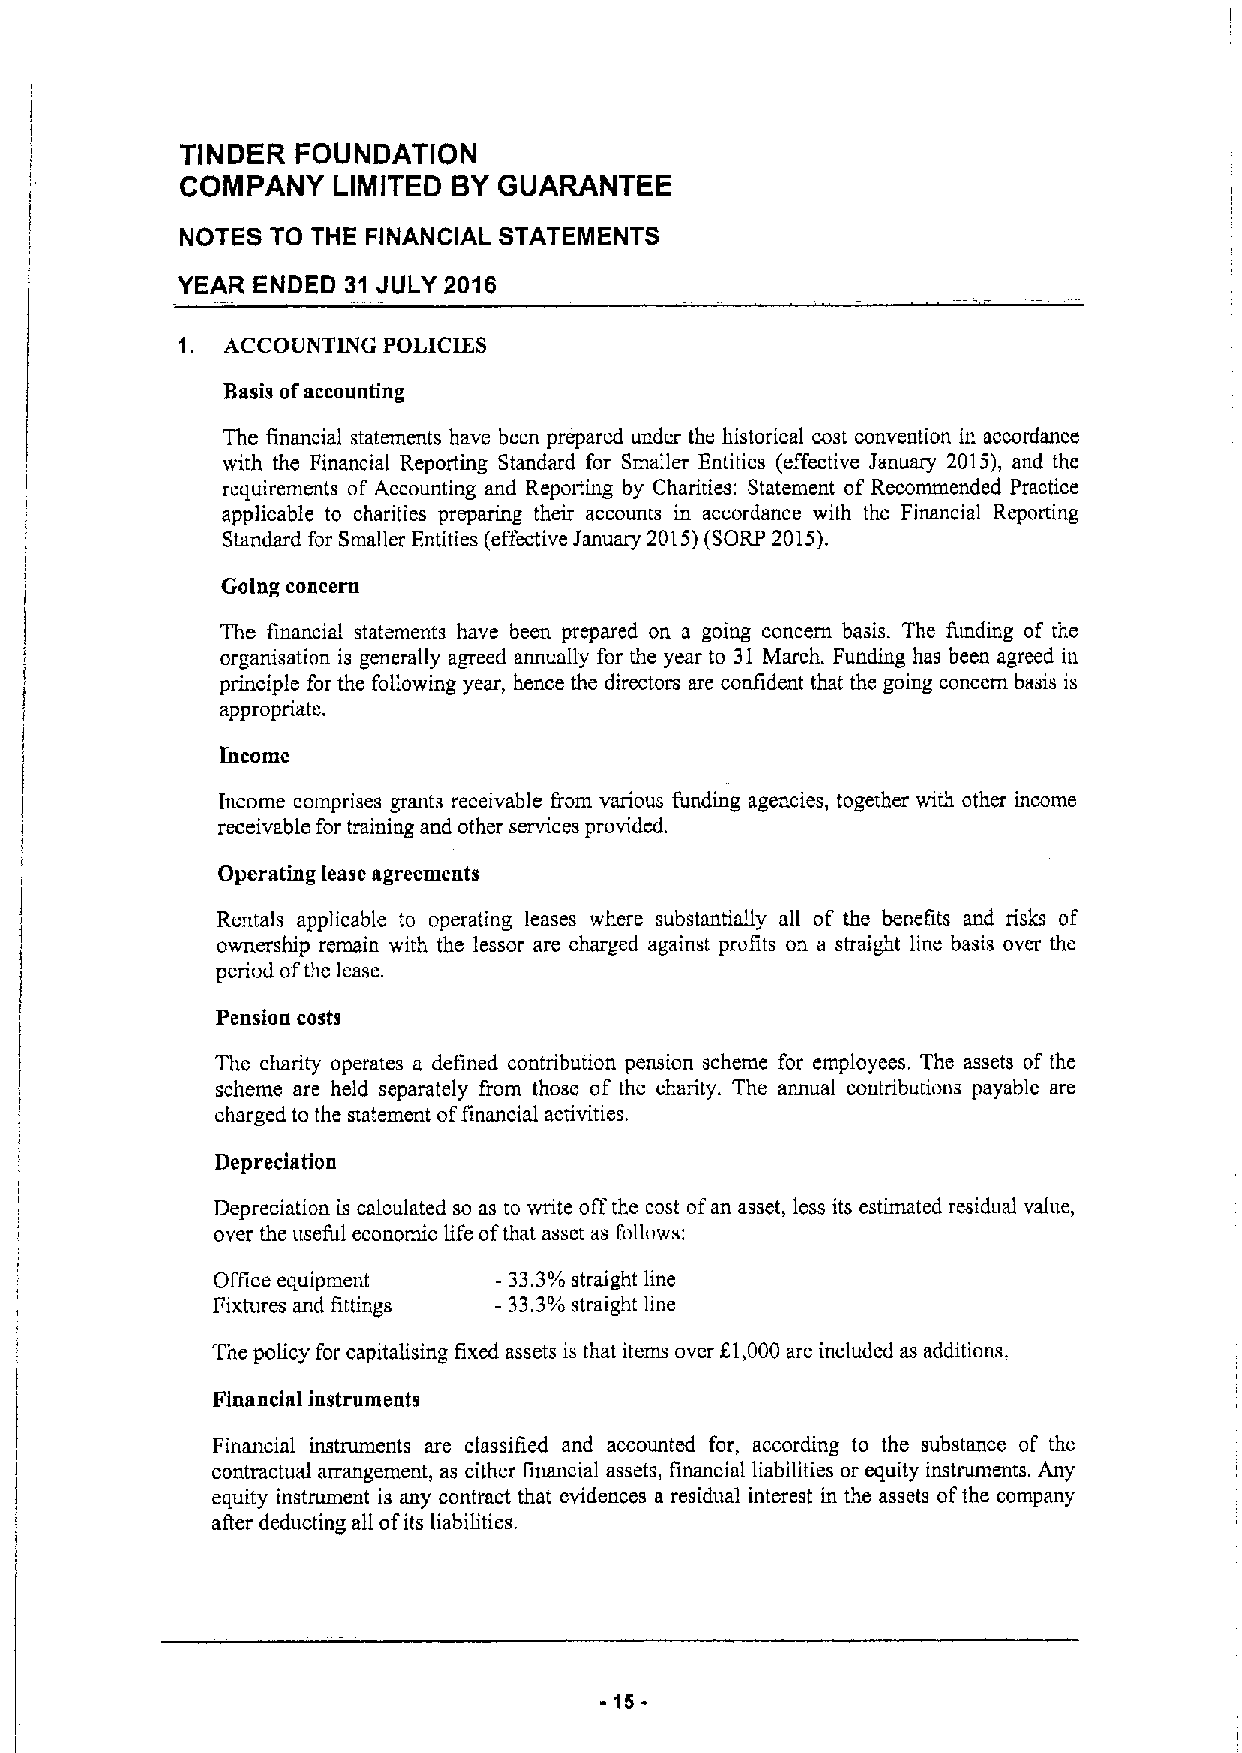
TINDER  FOUNDATION
 COMPANY   LIMITED BYGUARANTEE
 NOTES TO THE FINANCIAL STATEMENTS
 YEAR ENDED 31 JULY 2016
 1. ACCOIJNTING POLICIES
 Basis ofaccounting
 The financial statements have been prepared under the historical cost convention in accordance
 with the Financial Reporting Standard for Smaller Entities (effective January 2015), and the
 requirements of Accounting and Reporting by Charities: Statement of Recommended Practice
 applicable to charities preparing their accounts in accordance with the Financial Reporting
 Standard for Smaller Entities (effective January 2015)(SORP 2015).
 Going concern
 The financial statements have been prepared on a going concern basis. The funding of the
 organisation is generally agreed annually for the year to 31 March. Funding has been agreed in
 principle for the following year, hence the directors are confident that the going concern basis is
 appropriate.
 Income
 Income comprises grants receivable f'rom various funding agencies, together with other income
 receivable for training and other services provided.
 Operating lease agreements
 Rentals applicable to operating leases where substantially all of the benefits and risks of
 ownership remain with the lessor are charged against profits on a straight line basis over the
 period ofthe lease.
 Pension costs
 The charity operates a defined contribution pension scheme for employees. The assets of the
 scheme are held separately from those of the charity. The annual contributions payablc are
 charged to the statement offinancial activities.
 Depreciation
 Depreciation is calculated so as to write offthe cost ofan asset, less its estimated residual value,
 over the useful economic life ofthat asset as follows:
 Office equipment   - 33.3%straight line
 Fixtures and fittings -33.3%straight line
 The policy for capitalising fixed assets is that items over f.1,000 are included as additions.
 Financial instruments
 Financial instruments are classified and accounted for, according to the substance of the
 contractual arrangement, as either financial assets, financial liabilities or equity instruments. Any
 equity instrument is any contract that evidences a residual interest in the assets ofthe company
 after deducting all ofits liabilities.
 -15-